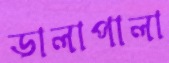
ডালাপালা